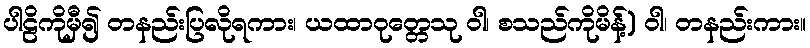
ပါဠိကိုမှီ၍ တနည်းပြလိုရကား၊ ယထာဝုတ္တေသု ဝါ၊ စသည်ကိုမိန့်) ဝါ၊ တနည်းကား။